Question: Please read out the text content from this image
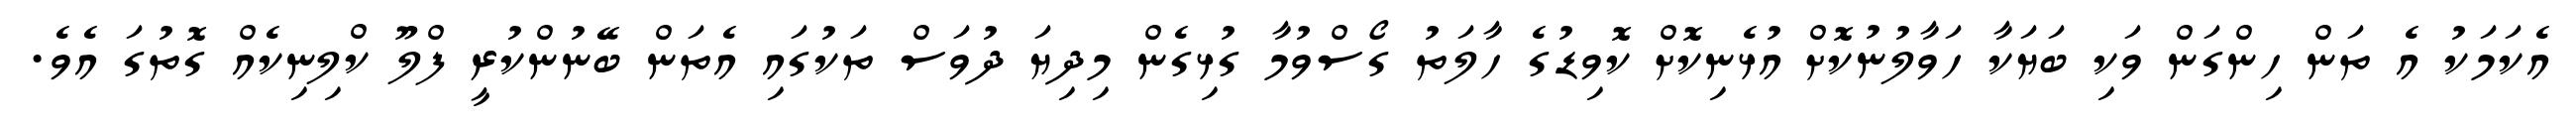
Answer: އެކަމަކު އެ ތަން ހިންގަން ވަކި ބަޔަކާ ހަވާލުނުކޮށް އުޅެނިކޮށް ކޮވިޑުގެ ހާލަތު ގޯސްވުމާ ގުޅިގެން މިދިޔަ ދުވަސް ތަކުގައި އެތަން ބޭނުންކުރީ ފްލޫ ކްލިނިކެއް ގޮތުގަ އެވެ.